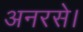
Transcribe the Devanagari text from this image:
अनरसे।